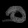
Digit: ၀